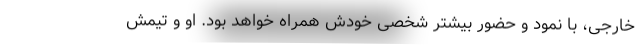
خارجی، با نمود و حضور بیشترِ شخصی خودش همراه خواهد بود. او و تیمش